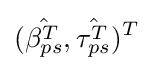
({\hat {\beta _{ps}^{T}}},{\hat {\tau _{ps}^{T}}})^{T}